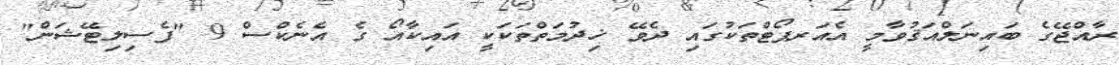
ރާއްޖޭގެ ބައިނަލްއަޤުވާމީ އެއަރޕޯޓްތަކުގައި ދެވޭ ޚިދުމަތްތަކަކީ އައިކާއޯ ގެ އެނެކްސް 9 "ފެސިލިޓޭޝަން"